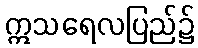
ဣသရေလပြည်၌